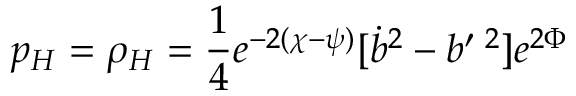
p _ { H } = \rho _ { H } = \frac 1 4 e ^ { - 2 ( \chi - \psi ) } [ \dot { b } ^ { 2 } - b ^ { \prime } { } ^ { \; 2 } ] e ^ { 2 \Phi }